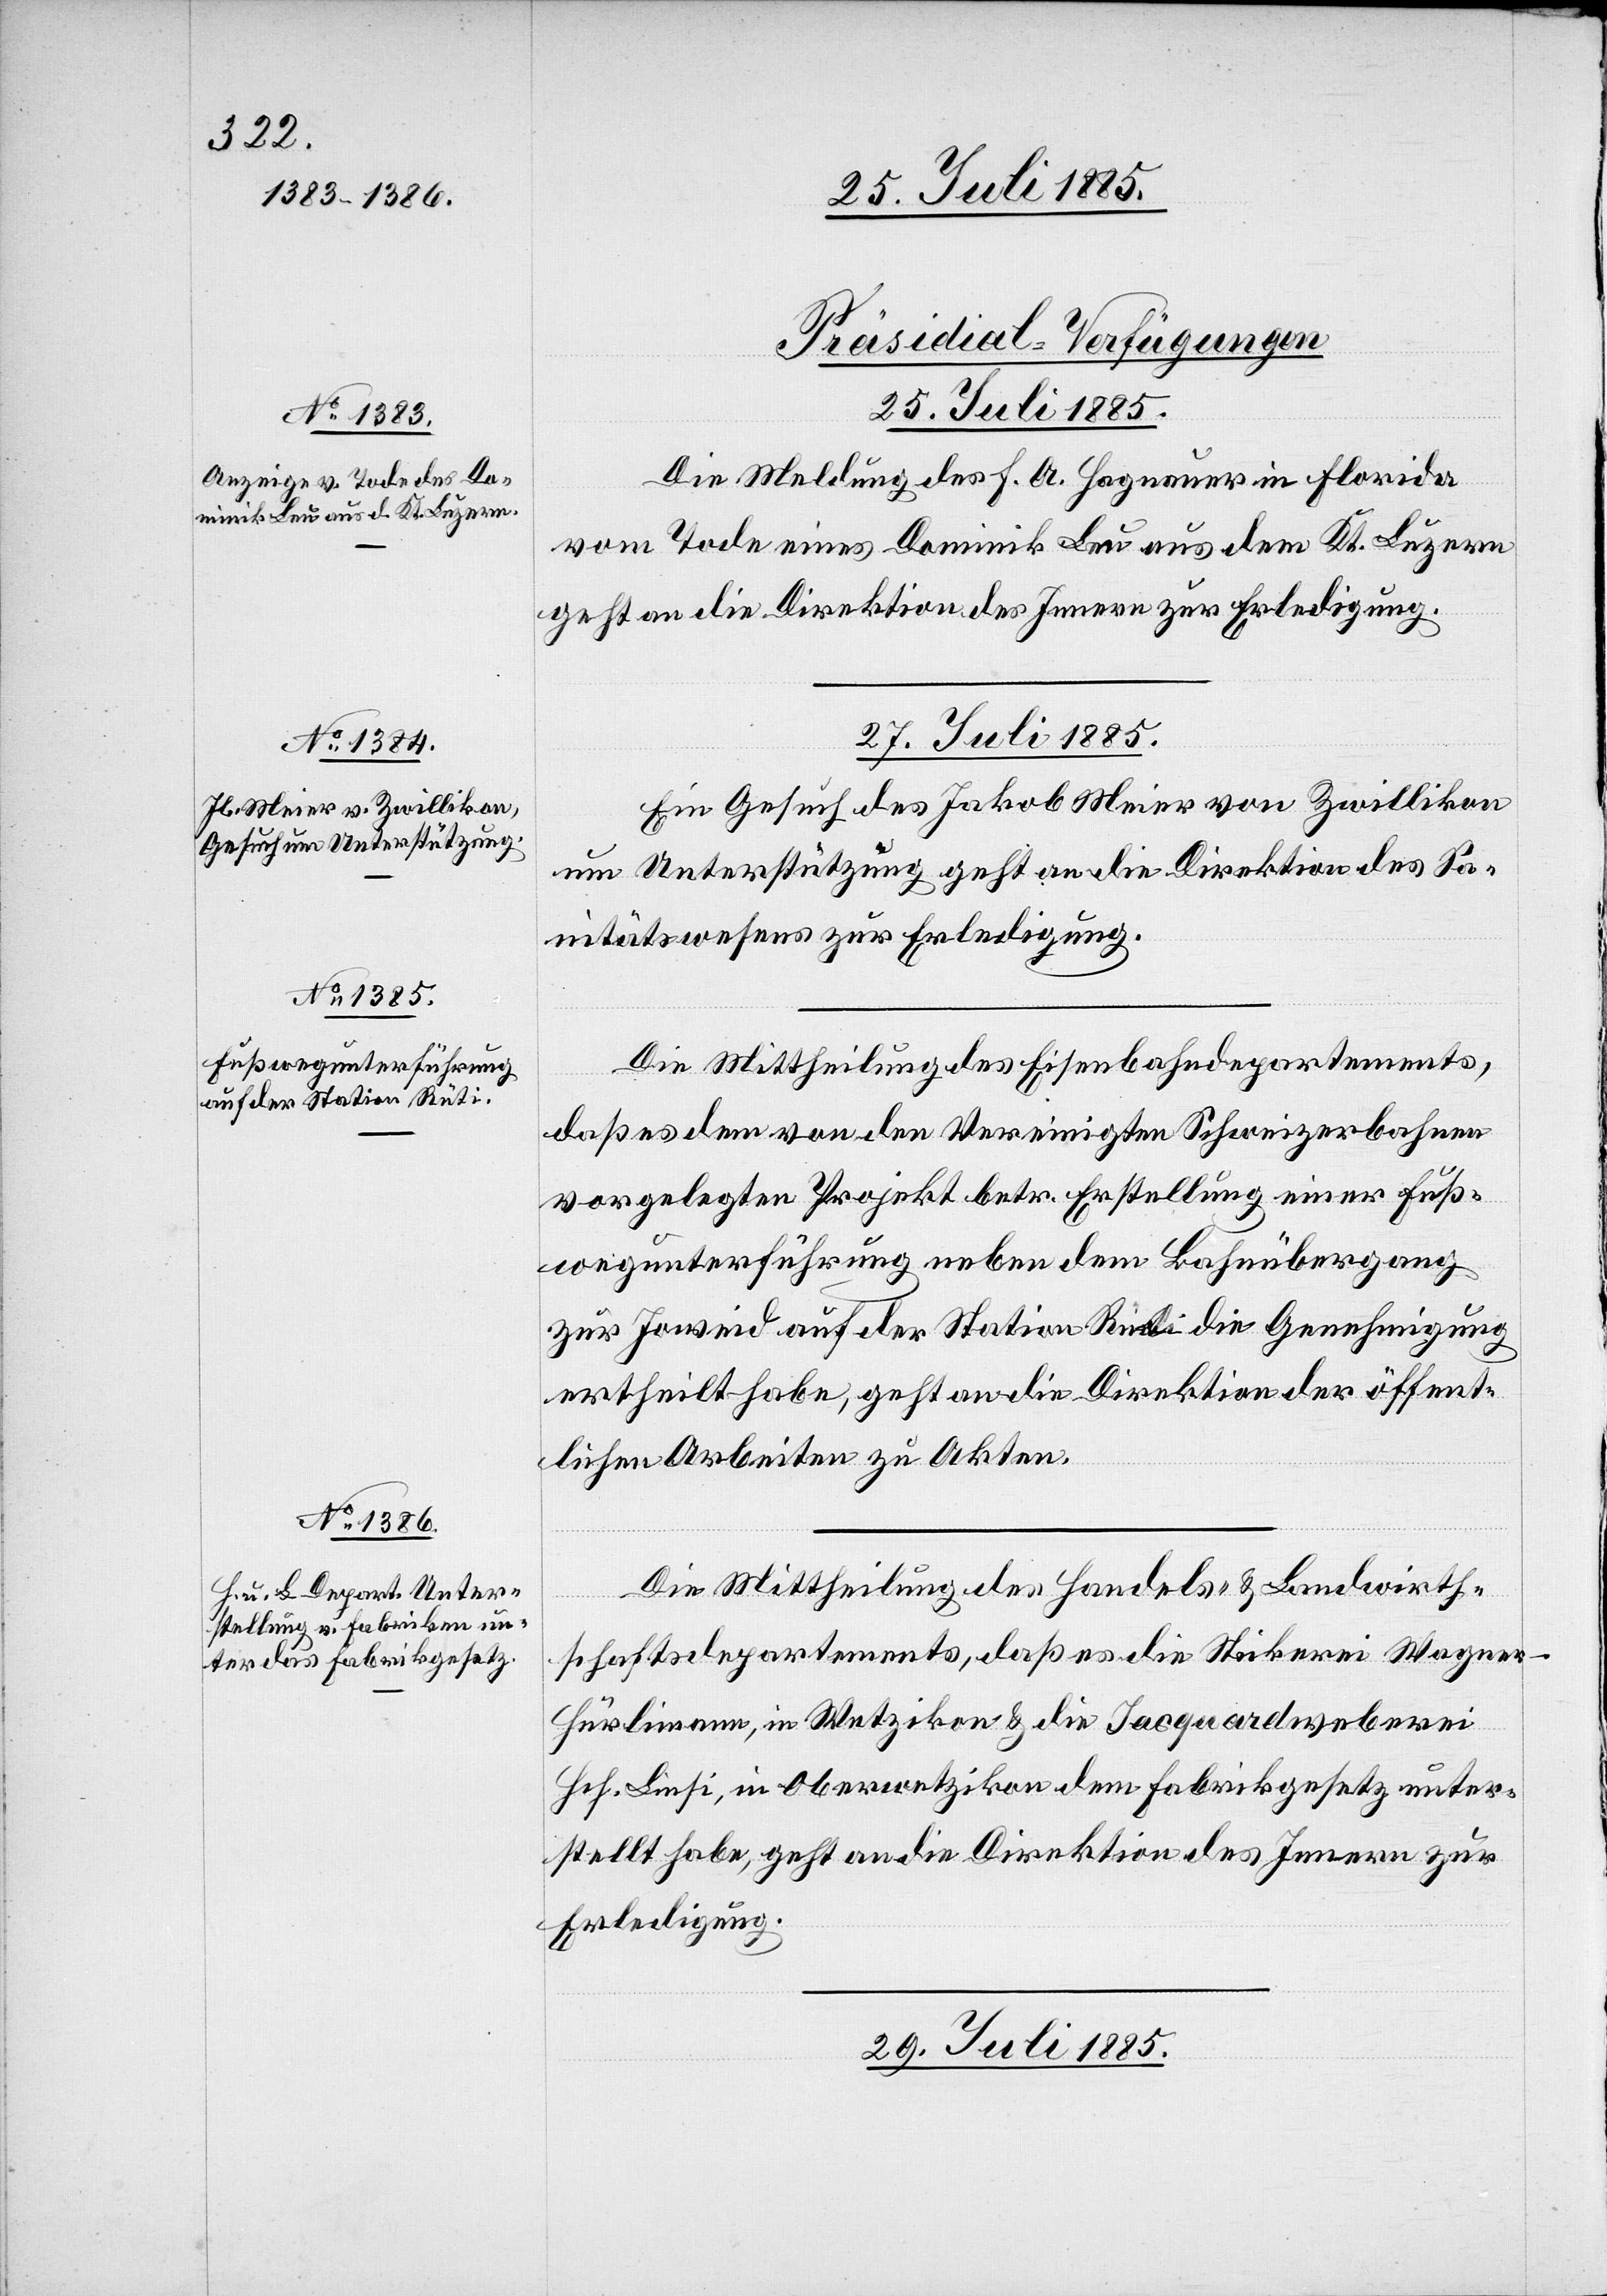
[Präsidial-Verfügungen]
25. Juli 1885.
Die Meldung des F. A. Hagnauer in Florida
vom Tode eines Dominik Leu aus dem Kt. Luzern
geht an die Direktion des Innern zur Erledigung.
27. Juli 1885.]
Ein Gesuch des Jakob Meier von Zwillikon
um Unterstützung geht an die Direktion des Sa¬
nitätswesens zur Erledigung.
Die Mittheilung des Eisenbahndepartements,
daß es dem von den Vereinigten Schweizerbahnen
vorgelegten Projekt betr. Erstellung einer Fuß¬
wegunterführung neben dem Bahnübergang
zur Joweid auf der Station Rüti die Genehmigung
ertheilt habe, geht an die Direktion der öffent¬
lichen Arbeiten zu Akten.
Die Mittheilung des Handels- & Landwirth¬
schaftsdepartements, daß es die Stickerei Wagner-H¬
ürlimann, in Wetzikon & die Jacquardweberei
Hch. Linsi, in Oberwetzikon dem Fabrikgesetz unter¬
stellt habe, geht an die Direktion des Innern zur
Erledigung.
29. Juli 1885.